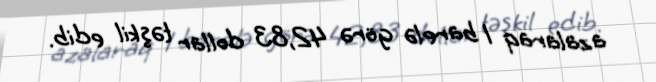
azalaraq 1 barelə görə 42,83 dollar təşkil edib.